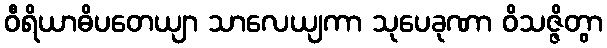
ဝီရိယာဓိပတေယျာ သာလေယျကာ သုပေခုဏာ ဝိသဇ္ဇိတွာ